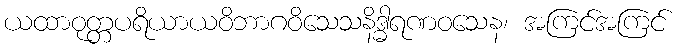
ယထာဝုတ္တပရိယာယဝိဘာဂဝိသေသနိဒ္ဓါရဏဝသေန၊ အကြင်အကြင်